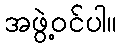
အဖွဲ့ဝင်ပါ။